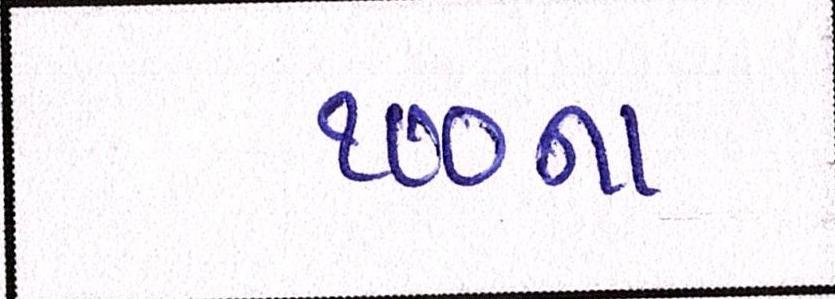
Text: ૧૦૦ના